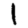
Digit: 1